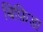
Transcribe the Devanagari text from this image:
बिफ़िडा